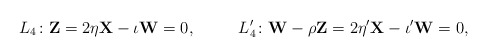
\begin{align*} &L_4\colon \mathbf{Z}=2 \eta \mathbf{X} - \iota \mathbf{W}=0 , &L'_4\colon \mathbf{W} - \rho \mathbf{Z}=2 \eta' \mathbf{X} - \iota' \mathbf{W}=0 ,\end{align*}